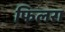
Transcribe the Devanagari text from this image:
फिलरा